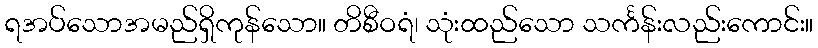
ရအပ်သောအမည်ရှိကုန်သော။ တိစီဝရံ၊ သုံးထည်သော သင်္ကန်းလည်းကောင်း။